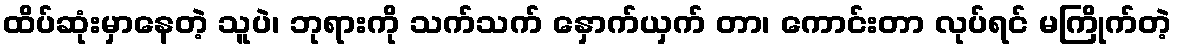
ထိပ်ဆုံးမှာနေတဲ့ သူပဲ၊ ဘုရားကို သက်သက် နှောက်ယှက် တာ၊ ကောင်းတာ လုပ်ရင် မကြိုက်တဲ့